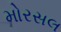
મોરસલ